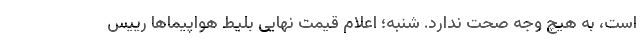
است، به هیچ وجه صحت ندارد. شنبه؛ اعلام قیمت نهایی بلیط هواپیماها رییس